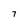
Character: 7